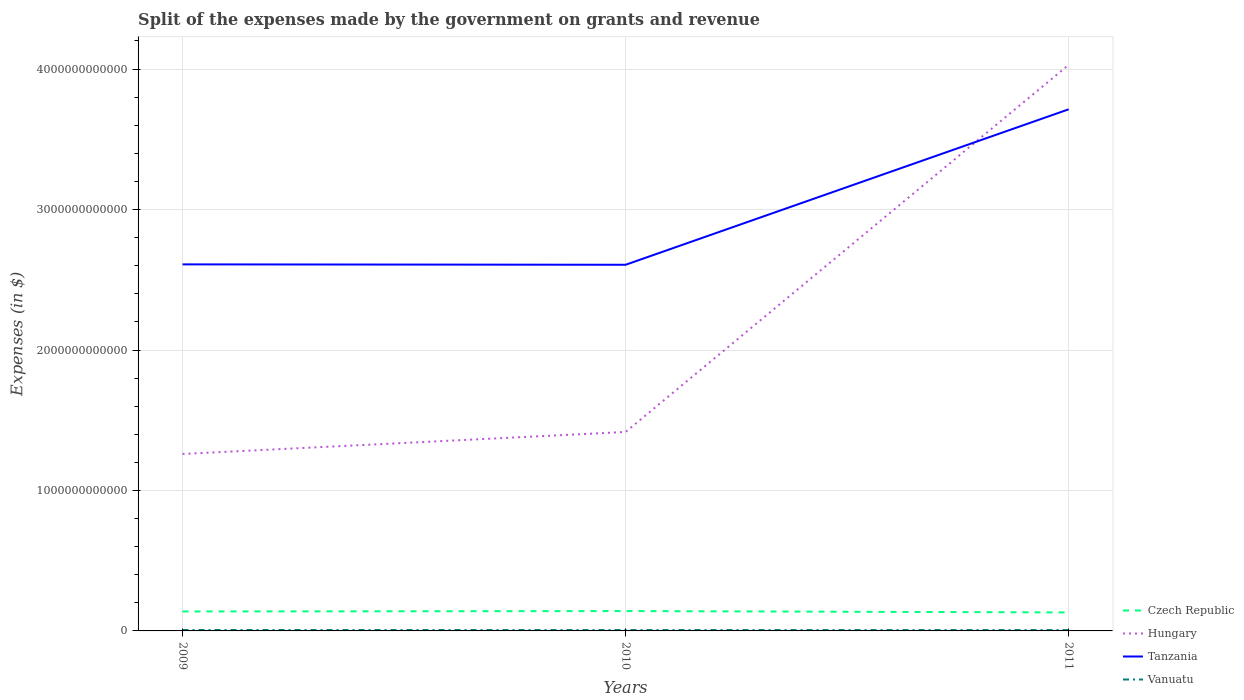
| Years | Czech Republic | Hungary | Tanzania | Vanuatu |
 | --- | --- | --- | --- | --- |
 | 2009 | 1.38e+11 | 1.26e+12 | 2.61e+12 | 6.46e+09 |
 | 2010 | 1.41e+11 | 1.42e+12 | 2.61e+12 | 6.19e+09 |
 | 2011 | 1.32e+11 | 4.03e+12 | 3.71e+12 | 6.12e+09 |